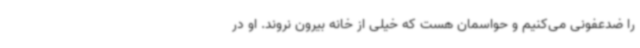
را ضدعفونی می‌کنیم و حواسمان هست که خیلی از خانه بیرون نروند. او در